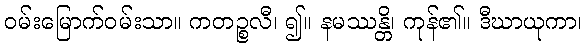
ဝမ်းမြောက်ဝမ်းသာ။ ကတဉ္စလီ၊ ၍။ နမဿန္တိ၊ ကုန်၏။ ဒီဃာယုကာ၊